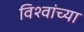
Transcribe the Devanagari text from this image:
विश्वांच्या